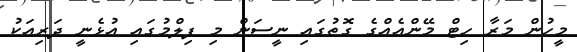
މީހުން މަރާ ހިޓް މޭންއެއްގެ ގޮތުގައި ނީސަން މި ފިލްމުގައި އުޅެނީ ދަރިއަކު